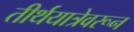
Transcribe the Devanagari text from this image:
तीर्थयात्रेवरून